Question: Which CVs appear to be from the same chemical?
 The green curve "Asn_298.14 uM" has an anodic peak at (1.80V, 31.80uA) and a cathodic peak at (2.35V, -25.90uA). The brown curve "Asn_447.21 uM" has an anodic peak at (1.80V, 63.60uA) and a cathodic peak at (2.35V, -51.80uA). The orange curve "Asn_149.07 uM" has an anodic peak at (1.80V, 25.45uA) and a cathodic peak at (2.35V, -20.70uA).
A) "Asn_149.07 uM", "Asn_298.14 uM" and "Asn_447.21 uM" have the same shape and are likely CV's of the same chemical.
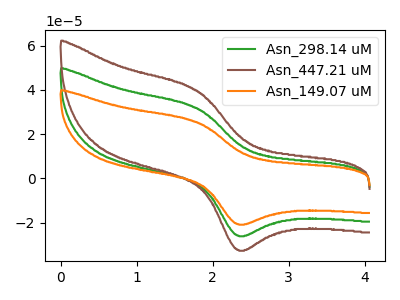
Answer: <think>All the peaks in "Asn_298.14 uM" have a peak in "Asn_447.21 uM" at the same potential. Every peak in "Asn_298.14 uM" is lower than every peak in "Asn_447.21 uM". All the peaks in "Asn_298.14 uM" have a peak in "Asn_149.07 uM" at the same potential. Every peak in "Asn_298.14 uM" is higher than every peak in "Asn_149.07 uM". All the peaks in "Asn_447.21 uM" have a peak in "Asn_149.07 uM" at the same potential. Every peak in "Asn_447.21 uM" is higher than every peak in "Asn_149.07 uM".
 </think>
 <answer>A) "Asn_149.07 uM", "Asn_298.14 uM" and "Asn_447.21 uM" have the same shape and are likely CV's of the same chemical.</answer>
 <eval>A</eval>